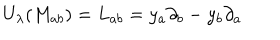
LaTeX: U _ { \lambda } ( M _ { a b } ) = L _ { a b } = y _ { a } \partial _ { b } - y _ { b } \partial _ { a }